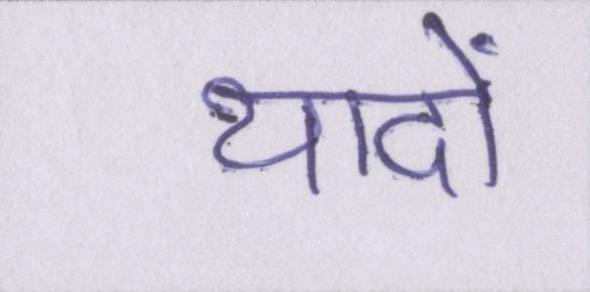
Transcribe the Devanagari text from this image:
यादों